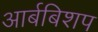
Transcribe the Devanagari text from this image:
आर्बबिशप